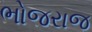
ભોજરાજ